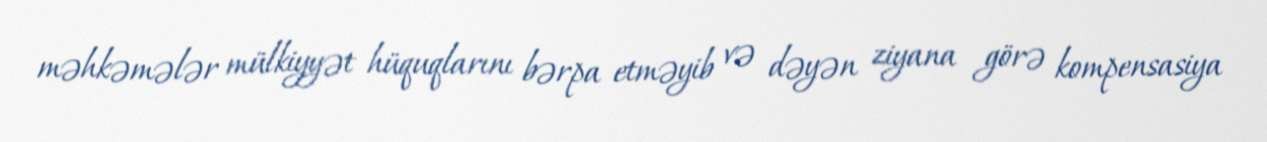
məhkəmələr mülkiyyət hüquqlarını bərpa etməyib və dəyən ziyana görə kompensasiya